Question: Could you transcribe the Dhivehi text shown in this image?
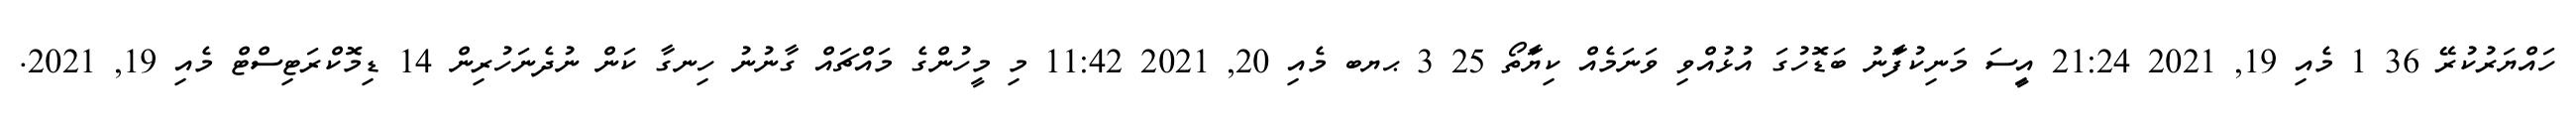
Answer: ހައްޔަރުކުރޭ 36 1 މެއި 19, 2021 21:24 އިީސަ މަނިކުފަާނު ބަޑޮހުގަ އުޅުއްވި ވަނަމެއް ކިޔަާތޯ 25 3 ޙޔބ މެއި 20, 2021 11:42 މި މީހުންގެ މައްޗައް ގާނުނު ހިނގާ ކަން ނުދެނަހުރިން 14 ޑިމޮކްރަޓިސްޓް މެއި 19, 2021.